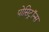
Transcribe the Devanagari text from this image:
पोसिट्रॉन्स